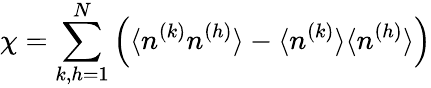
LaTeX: \chi=\sum_{k,h=1}^{N}\left(\langle n^{(k)}n^{(h)}\rangle-\langle n^{(k)}\rangle\langle n^{(h)}\rangle\right)